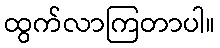
ထွက်လာကြတာပါ။